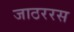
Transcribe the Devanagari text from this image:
जाठररस